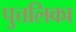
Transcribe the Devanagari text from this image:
पुत्तलिका